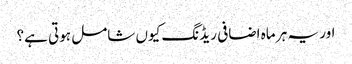
اور یہ ہر ماہ اضافی ریڈنگ کیوں شامل ہوتی ہے؟